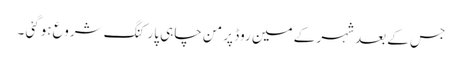
جس کے بعد شہر کے مین روڈ پر من چاہی پارکنگ شروع ہوگئی ۔